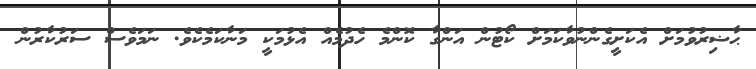
ޙާޟިރުުވުމަށް އެކަށީގެންނުވާކަމަށް ކޯޓުން އަންގާ ކޮންމެ ހެދުމެއް އެޅުމަކީ މަނާކަމެކެވެެ. ނަމަވެސް ސަރުކާރުން